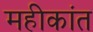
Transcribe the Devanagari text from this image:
महीकांत